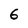
Character: 6